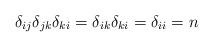
LaTeX: \begin{align*}\delta_{ij}\delta_{jk}\delta_{ki}=\delta_{ik}\delta_{ki}=\delta_{ii}=n\end{align*}